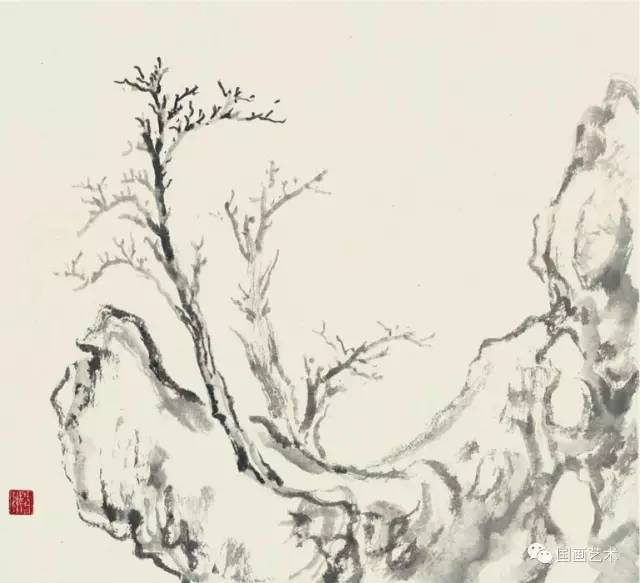
贤能不待次而举，罢不能不待须而废